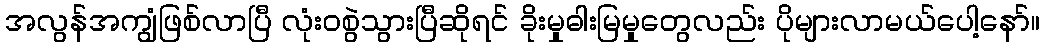
အလွန်အကျွံဖြစ်လာပြီ လုံးဝစွဲသွားပြီဆိုရင် ခိုးမှုဓါးမြမှုတွေလည်း ပိုများလာမယ်ပေါ့နော်။